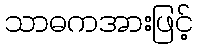
သာဓကအားဖြင့်